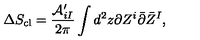
\Delta S _ { \mathrm { c l } } = { \frac { { \cal A } _ { i I } ^ { \prime } } { 2 \pi } } \int d ^ { 2 } z \partial Z ^ { i } \bar { \partial } \bar { Z } ^ { I } ,